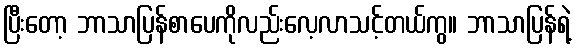
ပြီးတော့ ဘာသာပြန်စာပေကိုလည်းလေ့လာသင့်တယ်ကွ။ ဘာသာပြန်ရဲ့